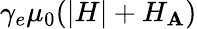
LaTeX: \gamma_{e}\mu_{0}(|H|+H_{\mathbf{A}})